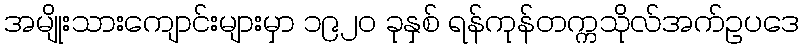
အမျိုးသားကျောင်းများမှာ ၁၉၂၀ ခုနှစ် ရန်ကုန်တက္ကသိုလ်အက်ဥပဒေ